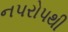
નપરોપથી